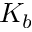
K _ { b }